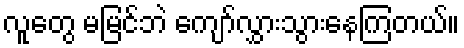
လူတွေ မမြင်ဘဲ ကျော်လွှားသွားနေကြတယ်။